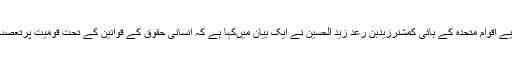
انسانی حقوق کے لیے اقوام متحدہ کے ہائی کمشنرزیدبن رعد زید الحسین نے ایک بیان میںکہا ہے کہ انسانی حقوق کے قوانین کے تحت قومیت پرتعصب کی ممانعت ہے۔